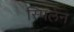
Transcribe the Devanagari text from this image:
स्पिलेन